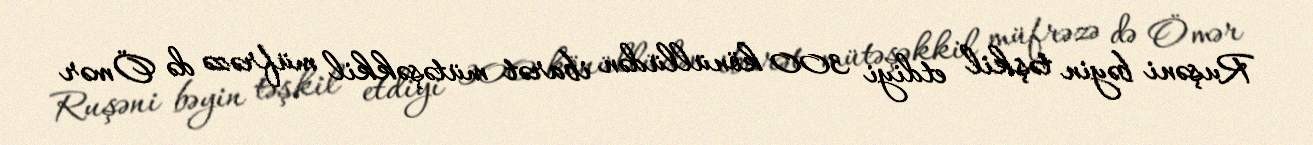
Ruşəni bəyin təşkil etdiyi 300 könüllüdən ibarət mütəşəkkil müfrəzə də Ömər